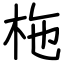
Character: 柂